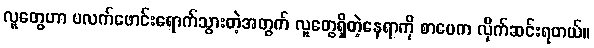
လူတွေဟာ ပလက်ဖောင်းရောက်သွားတဲ့အတွက် လူတွေရှိတဲ့နေရာကို စာပေက လိုက်ဆင်းရတယ်။